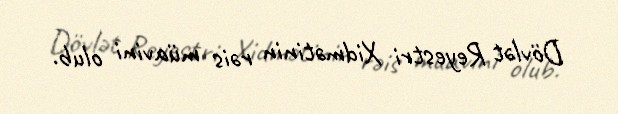
Dövlət Reyestri Xidmətinin rəis müavini olub.